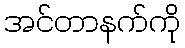
အင်တာနက်ကို